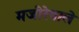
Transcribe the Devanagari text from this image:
मजीरेवाले